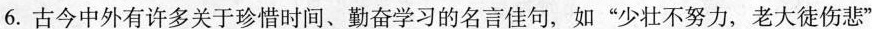
6.古今中外有许多关于珍惜时间、勤奋学习的名言佳句，如”少壮不努力，老大徒伤悲”